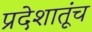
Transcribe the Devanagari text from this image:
प्रदेशातूंच